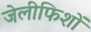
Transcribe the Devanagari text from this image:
जेलीफिशों